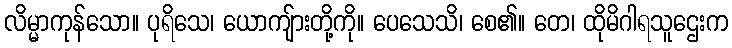
လိမ္မာကုန်သော။ ပုရိသေ၊ ယောကျ်ားတို့ကို။ ပေသေသိ၊ စေ၏။ တေ၊ ထိုမိဂါရသူဌေးက